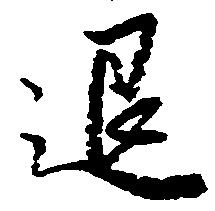
退